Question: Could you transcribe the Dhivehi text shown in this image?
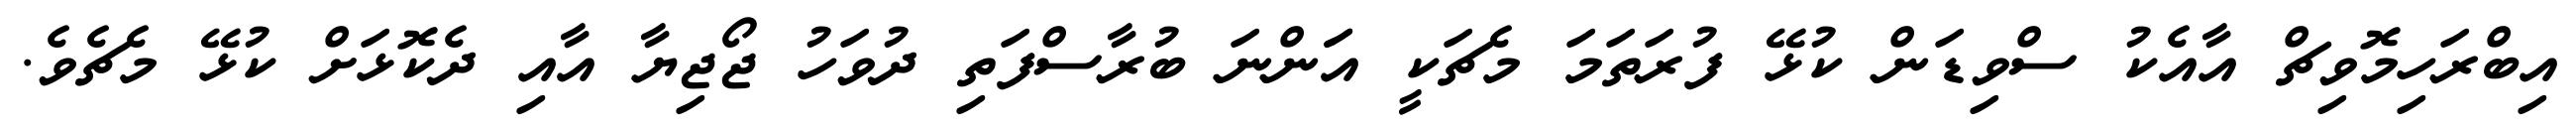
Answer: އިބްރަހިމޮވިޗް އާއެކު ސްވިޑަން ކުޅޭ ފުރަތަމަ މެޗަކީ އަަންނަ ބުރާސްފަތި ދުވަހު ޖޯޖިޔާ އާއި ދެކޮޅަށް ކުޅޭ މެޗެވެ.